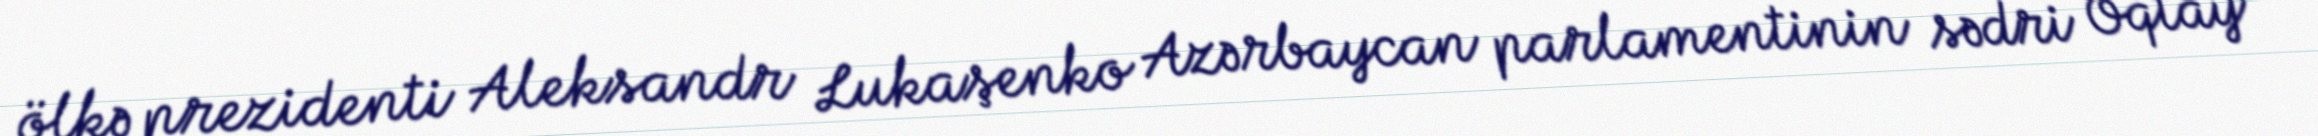
ölkə prezidenti Aleksandr Lukaşenko Azərbaycan parlamentinin sədri Oqtay